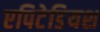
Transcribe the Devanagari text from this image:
एपिटेडियश